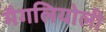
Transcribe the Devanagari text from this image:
मैगलियोली